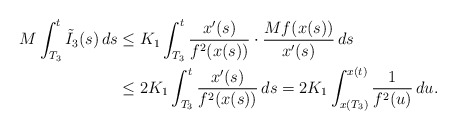
\begin{align*}M\int_{T_3}^t \tilde{I}_3(s)\,ds &\leq K_1 \int_{T_3}^t \frac{x'(s)}{f^2(x(s))} \cdot \frac{Mf(x(s))}{x'(s)}\,ds \\&\leq 2K_1 \int_{T_3}^t \frac{x'(s)}{f^2(x(s))}\,ds=2K_1 \int_{x(T_3)}^{x(t)} \frac{1}{f^2(u)}\,du.\end{align*}